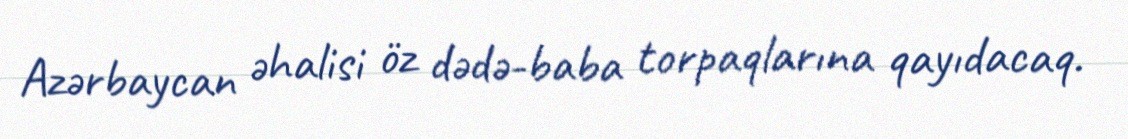
Azərbaycan əhalisi öz dədə-baba torpaqlarına qayıdacaq.